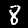
Digit: 8